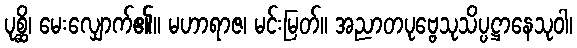
ပုစ္ဆိ၊ မေးလျှောက်၏။ မဟာရာဇ၊ မင်းမြတ်။ အညာတပုဗ္ဗေသုသိပ္ပဋ္ဌာနေသုဝါ၊